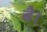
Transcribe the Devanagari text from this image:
बै।